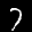
Label: 7